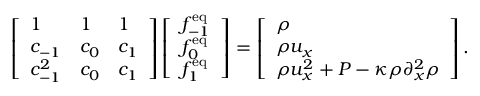
\left[ \begin{array} { l l l } { 1 } & { 1 } & { 1 } \\ { c _ { - 1 } } & { c _ { 0 } } & { c _ { 1 } } \\ { c _ { - 1 } ^ { 2 } } & { c _ { 0 } } & { c _ { 1 } } \end{array} \right] \left[ \begin{array} { l } { f _ { - 1 } ^ { \mathrm { e q } } } \\ { f _ { 0 } ^ { \mathrm { e q } } } \\ { f _ { 1 } ^ { \mathrm { e q } } } \end{array} \right] = \left[ \begin{array} { l } { \rho } \\ { \rho u _ { x } } \\ { \rho u _ { x } ^ { 2 } + P - \kappa \rho \partial _ { x } ^ { 2 } \rho } \end{array} \right] .